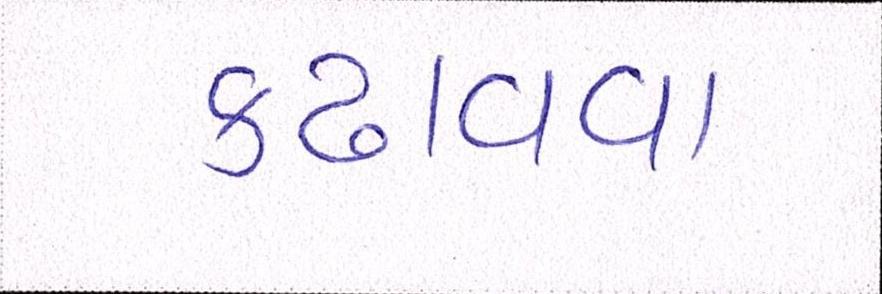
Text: કઢાવવા